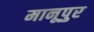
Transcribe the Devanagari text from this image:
मानूपुर